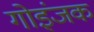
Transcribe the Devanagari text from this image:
गोइंजक